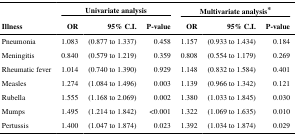
|  | <COLSPAN=3> Univariate analysis | <COLSPAN=3> Multivariate analysis* |
 | Illness | OR | 95% C.I. | P-value | OR | 95% C.I. | P-value |
 | --- | --- | --- | --- | --- | --- | --- |
 | Pneumonia | 1.083 | (0.877 to 1.337) | 0.458 | 1.157 | (0.933 to 1.434) | 0.184 |
 | Meningitis | 0.840 | (0.579 to 1.219) | 0.359 | 0.808 | (0.554 to 1.179) | 0.269 |
 | Rheumatic fever | 1.014 | (0.740 to 1.390) | 0.929 | 1.148 | (0.832 to 1.584) | 0.401 |
 | Measles | 1.274 | (1.084 to 1.496) | 0.003 | 1.139 | (0.966 to 1.342) | 0.121 |
 | Rubella | 1.555 | (1.168 to 2.069) | 0.002 | 1.380 | (1.033 to 1.845) | 0.030 |
 | Mumps | 1.495 | (1.214 to 1.842) | <0.001 | 1.322 | (1.069 to 1.635) | 0.010 |
 | Pertussis | 1.400 | (1.047 to 1.874) | 0.023 | 1.392 | (1.034 to 1.874) | 0.029 |